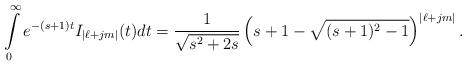
LaTeX: \begin{align*}\int\limits_{0}^{\infty}e^{-(s+1)t} I_{|\ell+jm|}(t)dt = \frac{1}{\sqrt{s^2+2s}}\left(s+1-\sqrt{(s+1)^2 -1}\right)^{|\ell+jm|}.\end{align*}